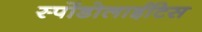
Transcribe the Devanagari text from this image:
स्पोंडोलाईटिस